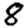
Digit: 8